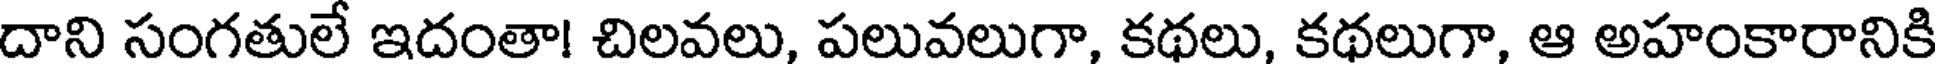
దాని సంగతులే ఇదంతా! చిలవలు, పలువలుగా, కథలు, కథలుగా, ఆ అహంకారానికి